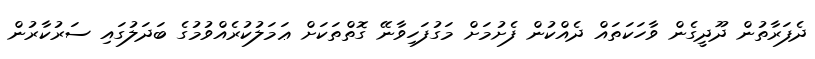
ދެފަރާތުން ދޫދީގެން ވާހަކަތައް ދެއްކުން ފެށުމަށް މަގުފަހިވާނޭ ގޮތްތަކަށް ޢަމަލުކުރެއްވުމުގެ ބަދަލުގައި ސަރުކާރުން